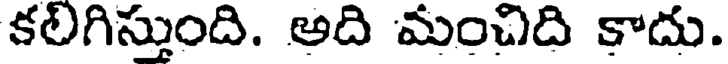
కలిగిస్తుంది. అది మంచిది కాదు.